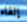
إلقاء